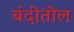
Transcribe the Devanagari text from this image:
बंदीतील